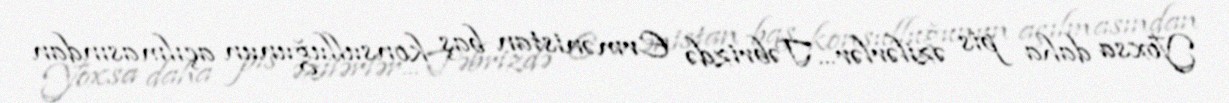
Yoxsa daha pis əzilərlər... Təbrizdə Ermənistan baş konsulluğunun açılmasından